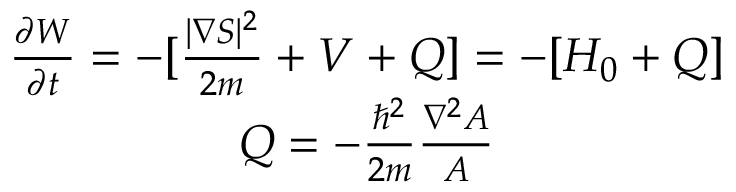
\begin{array} { c } { \frac { \partial W } { \partial t } = - [ \frac { | \nabla S | ^ { 2 } } { 2 m } + V + Q ] = - [ H _ { 0 } + Q ] } \\ { Q = - \frac { \hbar ^ { 2 } } { 2 m } \frac { \nabla ^ { 2 } A } { A } } \end{array}